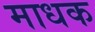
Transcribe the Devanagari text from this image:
माधक